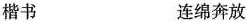
楷书 连绵奔放